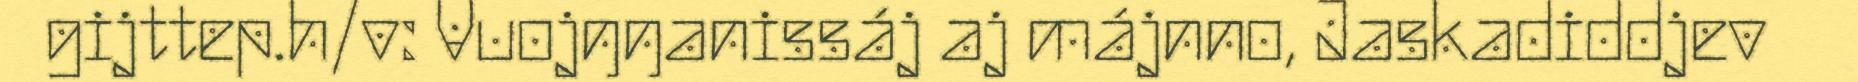
gijttep.h/v: Vuojŋŋanissáj aj májnno, Jaskadiddjev